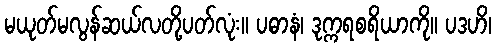
မယုတ်မလွန်ဆယ်လတို့ပတ်လုံး။ ပဓာနံ၊ ဒုက္ကရစရိယာကို။ ပဒဟိ၊